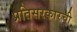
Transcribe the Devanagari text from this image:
प्रतिसरकारची